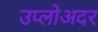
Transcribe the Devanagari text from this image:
उप्लोअदर